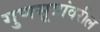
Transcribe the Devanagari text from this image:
गुणसूत्रांवरील